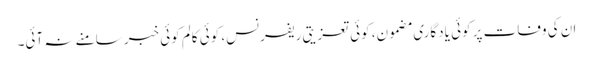
ان کی وفات پر کوئی یادگاری مضمون، کوئی تعزیتی ریفرنس، کوئی کالم کوئی خبر سامنے نہ آئی۔